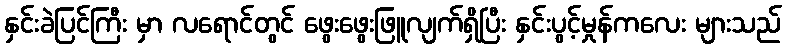
နှင်းခဲပြင်ကြီး မှာ လရောင်တွင် ဖွေးဖွေးဖြူလျက်ရှိပြီး နှင်းပွင့်မှုန်ကလေး များသည်